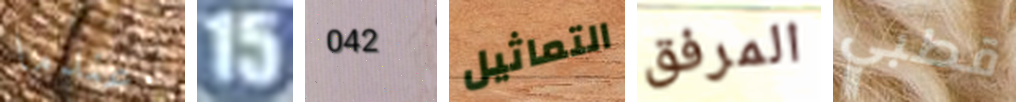
عندما 15 042 التماثيل المرفق قطبي